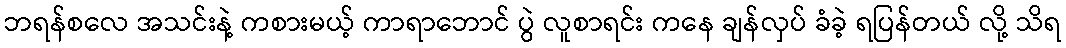
ဘရန်စလေ အသင်းနဲ့ ကစားမယ့် ကာရာဘောင် ပွဲ လူစာရင်း ကနေ ချန်လှပ် ခံခဲ့ ရပြန်တယ် လို့ သိရ